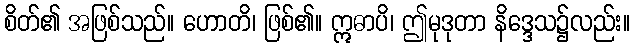
စိတ်၏ အဖြစ်သည်။ ဟောတိ၊ ဖြစ်၏။ ဣဓာပိ၊ ဤမုဒုတာ နိဒ္ဒေသ၌လည်း။